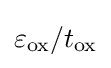
\varepsilon _{\text{ox}}/t_{\text{ox}}